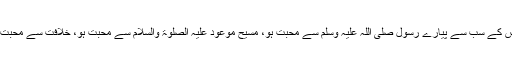
اور پھر اللہ تعالیٰ سے محبت کی وجہ سے اُس کے سب سے پیارے رسول صلی اللہ علیہ وسلم سے محبت ہو، مسیح موعود علیہ الصلوۃ والسلام سے محبت ہو، خلافت سے محبت ہو اور آپس میں ایک دوسرے سے محبت ہو۔